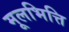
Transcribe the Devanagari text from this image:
मूलभित्ति